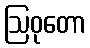
ဩဝုတော